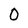
Character: 0